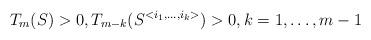
LaTeX: \begin{align*}T_m(S)>0,T_{m-k}(S^{<i_1,\dots, i_k>})>0,k=1,\dots,m-1\end{align*}